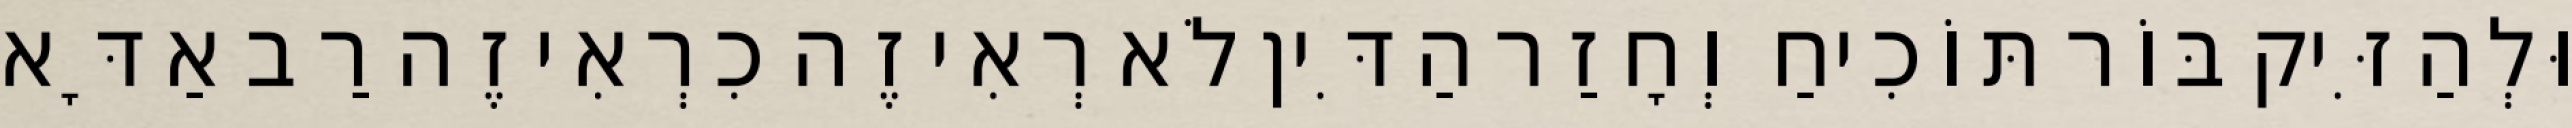
וּלְהַזִּיק בּוֹר תּוֹכִיחַ וְחָזַר הַדִּין לֹא רְאִי זֶה כִרְאִי זֶה רַב אַדָּא